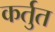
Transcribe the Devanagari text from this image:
कर्तुत